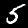
Digit: 5